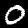
Label: 0